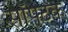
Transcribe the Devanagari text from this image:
सॉफ्टेक